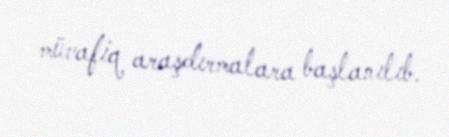
müvafiq araşdırmalara başlanılıb.